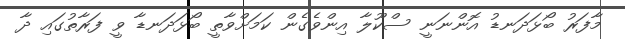
މާފަރު ބޯޅަދަނޑު އޮންނަނީ ސްކޫލާ އިންވެގެން ކަމަށްވާތީ ބޯޅަދަނޑާ ވީ ފަރާތުގައި ދާ